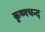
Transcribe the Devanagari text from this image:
कृष्णचन्द